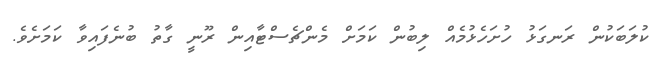
ކުލަބަކުން ރަނގަޅު ހުށަހެޅުމެއް ލިބުން ކަމަށް މެންޗެސްޓާއިން ރޫނީ ގާތު ބުނެފައިވާ ކަމަށެވެ.